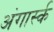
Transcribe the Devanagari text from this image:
अंगार्स्क